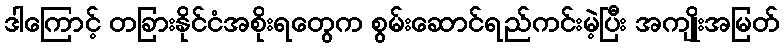
ဒါကြောင့် တခြားနိုင်ငံအစိုးရတွေက စွမ်းဆောင်ရည်ကင်းမဲ့ပြီး အကျိုးအမြတ်